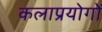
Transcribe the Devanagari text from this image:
कलाप्रयोगों